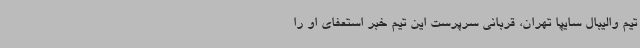
تیم‌ والیبال سایپا ‌تهران، قربانی سرپرست این تیم خبر استعفای او را